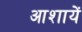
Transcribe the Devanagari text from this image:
आशायें